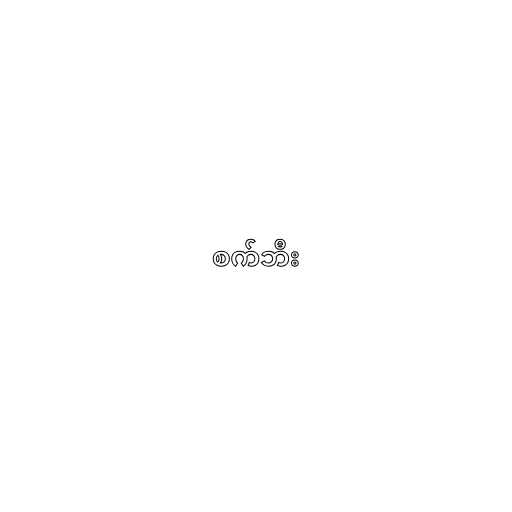
စက်ဘီး